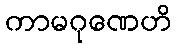
ကာမဂုဏေဟိ